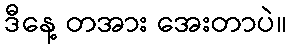
ဒီနေ့ တအား အေးတာပဲ။